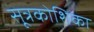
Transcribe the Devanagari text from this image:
सूत्रकोशिका